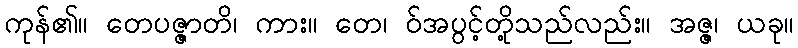
ကုန်၏။ တေပဇ္ဇာတိ၊ ကား။ တေ၊ ဝ်အပွင့်တို့သည်လည်း။ အဇ္ဇ၊ ယခု။